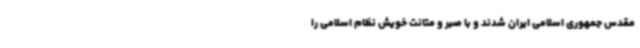
مقدس جمهوری اسلامی ایران شدند و با صبر و متانت خویش نظام اسلامی را